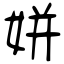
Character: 姘